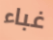
غباء